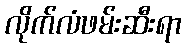
လိုက်လံဖမ်းဆီးရာ